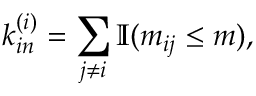
k _ { i n } ^ { ( i ) } = \sum _ { j \neq i } \mathbb { I } ( m _ { i j } \leq m ) ,